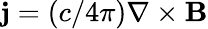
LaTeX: {\mathbf j}=(c/4\pi)\nabla\times{\mathbf B}